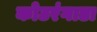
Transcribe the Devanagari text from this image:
कोटरंगाडा